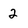
Character: 2